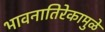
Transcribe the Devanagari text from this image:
भावनातिरेकामुळे